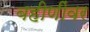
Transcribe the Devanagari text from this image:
बहीणींवर